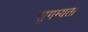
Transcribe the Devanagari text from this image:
सुगम्यता